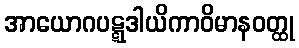
အာယောဂပဋ္ဋဒါယိကာဝိမာနဝတ္ထု